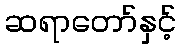
ဆရာတော်နှင့်